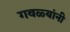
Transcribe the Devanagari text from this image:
गवळ्यांनी